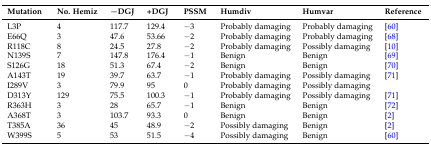
<table><thead><tr><td><b>Mutation</b></td><td><b>No. Hemiz</b></td><td><b>−DGJ</b></td><td><b>+DGJ</b></td><td><b>PSSM</b></td><td><b>Humdiv</b></td><td><b>Humvar</b></td><td><b>Reference</b></td></tr></thead><tbody><tr><td>L3P</td><td>4</td><td>117.7</td><td>129.4</td><td>−3</td><td>Probably damaging</td><td>Probably damaging</td><td>[60]</td></tr><tr><td>E66Q</td><td>3</td><td>47.6</td><td>53.66</td><td>−2</td><td>Probably damaging</td><td>Probably damaging</td><td>[68]</td></tr><tr><td>R118C</td><td>8</td><td>24.5</td><td>27.8</td><td>−2</td><td>Probably damaging</td><td>Possibly damaging</td><td>[10]</td></tr><tr><td>N139S</td><td>7</td><td>147.8</td><td>176.4</td><td>−1</td><td>Benign</td><td>Benign</td><td>[69]</td></tr><tr><td>S126G</td><td>18</td><td>51.3</td><td>67.4</td><td>−2</td><td>Benign</td><td>Benign</td><td>[70]</td></tr><tr><td>A143T</td><td>19</td><td>39.7</td><td>63.7</td><td>−1</td><td>Probably damaging</td><td>Possibly damaging</td><td>[71]</td></tr><tr><td>I289V</td><td>3</td><td>79.9</td><td>95</td><td>0</td><td>Probably damaging</td><td>Possibly damaging</td><td></td></tr><tr><td>D313Y</td><td>129</td><td>75.5</td><td>100.3</td><td>−1</td><td>Probably damaging</td><td>Possibly damaging</td><td>[71]</td></tr><tr><td>R363H</td><td>3</td><td>28</td><td>65.7</td><td>−1</td><td>Benign</td><td>Benign</td><td>[72]</td></tr><tr><td>A368T</td><td>3</td><td>103.7</td><td>93.3</td><td>0</td><td>Benign</td><td>Benign</td><td>[2]</td></tr><tr><td>T385A</td><td>36</td><td>45</td><td>48.9</td><td>−2</td><td>Possibly damaging</td><td>Benign</td><td>[2]</td></tr><tr><td>W399S</td><td>5</td><td>53</td><td>51.5</td><td>−4</td><td>Possibly damaging</td><td>Benign</td><td>[60]</td></tr></tbody></table>